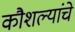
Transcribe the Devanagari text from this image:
कौशल्यांचे